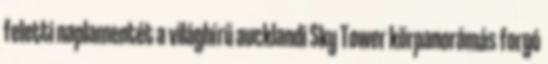
feletti naplamentét a világhírű aucklandi Sky Tower körpanorámás forgó